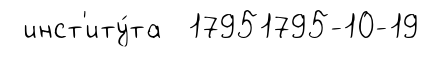
инст'иту́та 17951795-10-19